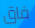
فاق